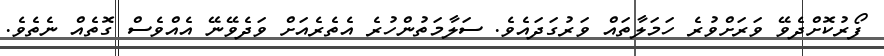
ފޯރުކޮށްދެވޭ ވަރަށްވުރެ ހަމަލާތައް ވަރުގަދައެވެ. ސަލާމަތުންހުރެ އެތެރެއަށް ވަދެވޭނޭ އެއްވެސް ގޮތެއް ނެތެވެ.